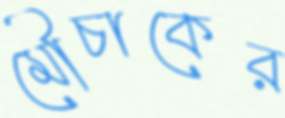
মৌচাকের